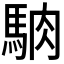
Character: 𩣀